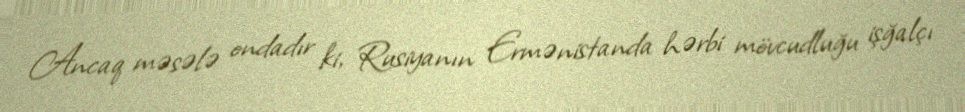
Ancaq məsələ ondadır ki, Rusiyanın Ermənistanda hərbi mövcudluğu işğalçı